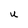
Character: U